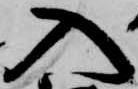
入